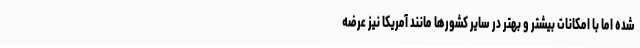
شده اما با امکانات بیشتر و بهتر در سایر کشورها مانند آمریکا نیز عرضه